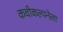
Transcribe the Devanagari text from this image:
कवीकल्पनेला